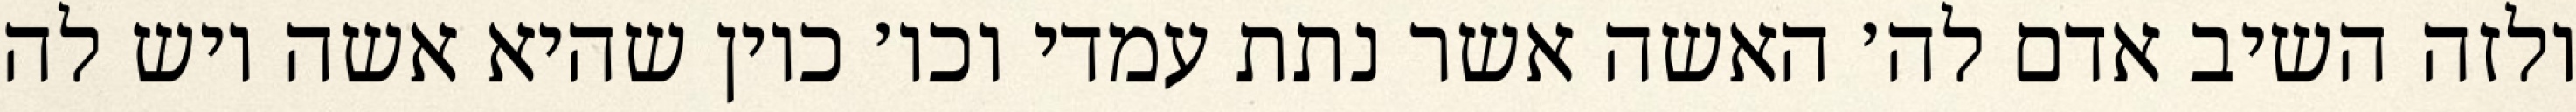
ולזה השיב אדם לה׳ האשה אשר נתת עמדי וכו׳ כיון שהיא אשה ויש לה